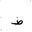
Letter: _da